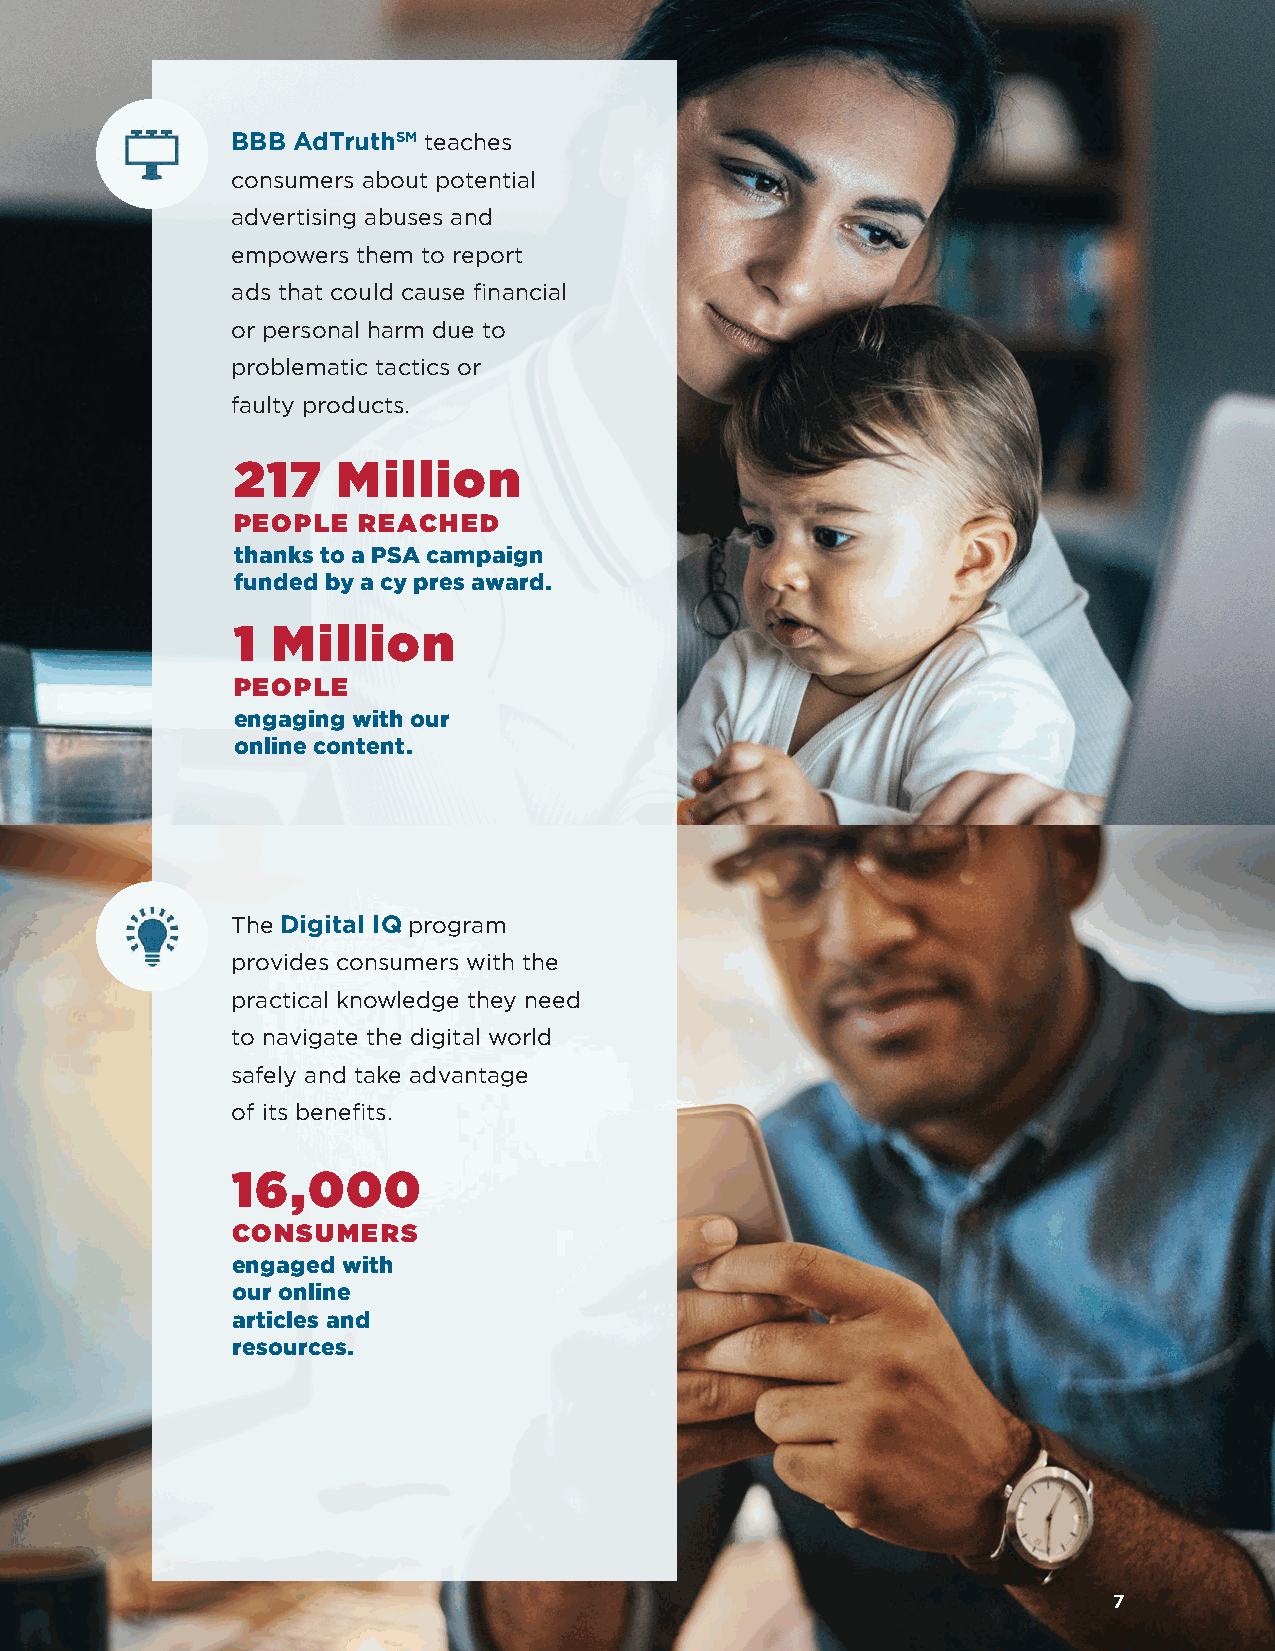
BBB AdTruthSM teaches
 consumers about potential
 advertising abuses and
 empowers them to report
 ads that could cause financial
 or personal harm due to
 problematic tactics or
 faulty products.
 217    Million
 PEOPLE   REACHED
 thanks to a PSA campaign
 funded by a cy pres award.
 1  Million
 PEOPLE
 engaging with our
 online content.
 The Digital IQ program
 provides consumers with the
 practical knowledge they need
 to navigate the digital world
 safely and take advantage
 of its benefits.
 16,000
 CONSUMERS
 engaged with
 our online
 articles and
 resources.
 7